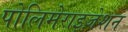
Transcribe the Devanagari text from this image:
पोलिमेराइज़ेशन